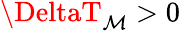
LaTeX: \DeltaT_{\mathcal{M}}>0